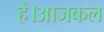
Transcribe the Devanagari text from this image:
हैं।आजकल